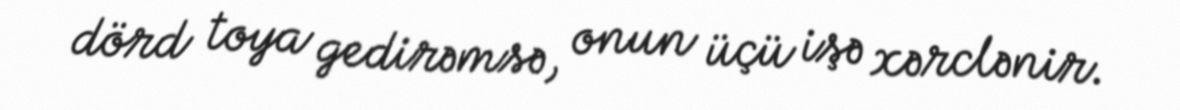
dörd toya gedirəmsə, onun üçü işə xərclənir.